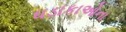
ધડાકાઓના